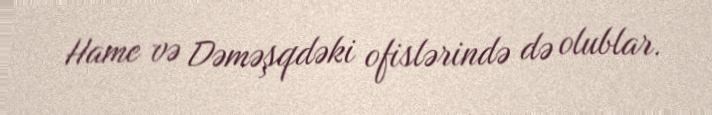
Hame və Dəməşqdəki ofislərində də olublar.